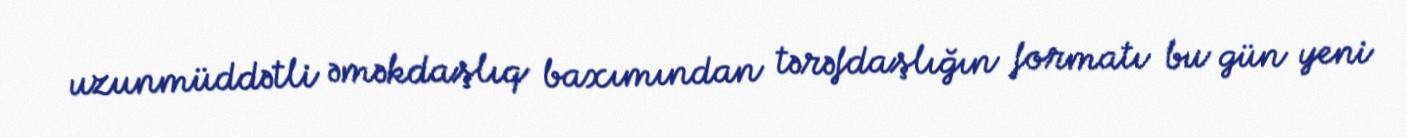
uzunmüddətli əməkdaşlıq baxımından tərəfdaşlığın formatı bu gün yeni